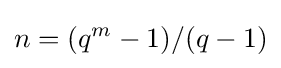
n=(q^{m}-1)/(q-1)